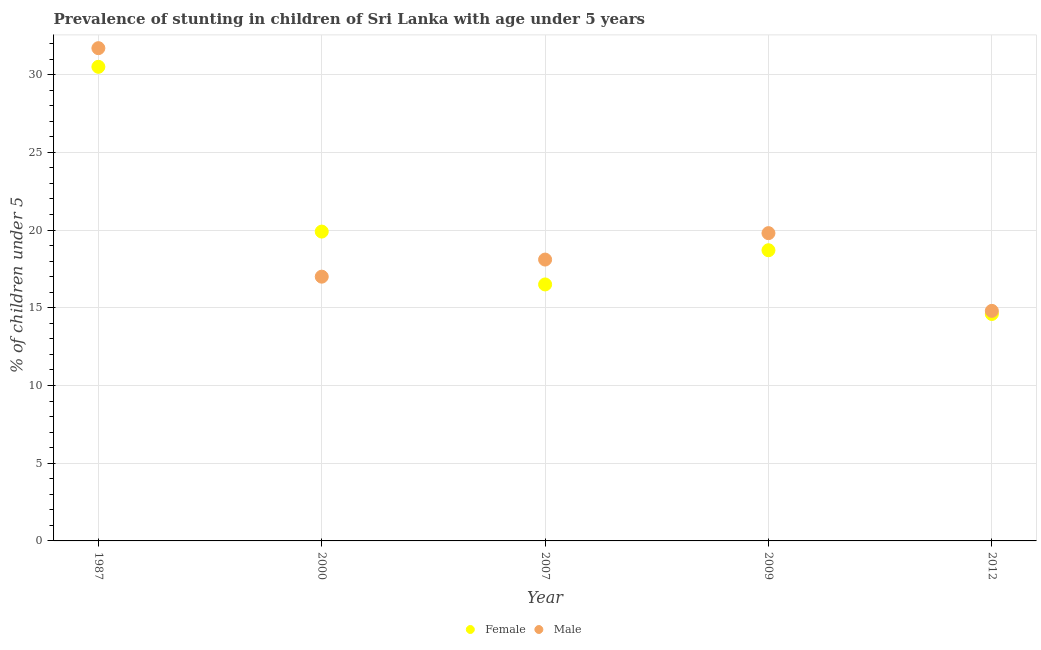
| Year | Female | Male |
 | --- | --- | --- |
 | 1987 | 30.5 | 31.7 |
 | 2000 | 19.9 | 17 |
 | 2007 | 16.5 | 18.1 |
 | 2009 | 18.7 | 19.8 |
 | 2012 | 14.6 | 14.8 |